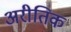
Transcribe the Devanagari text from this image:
अरीतिक